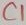
Text: C1